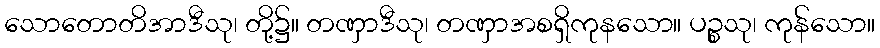
သောတောတိအာဒီသု၊ တို့၌။ တဏှာဒီသု၊ တဏှာအစရှိကုနသော။ ပဉ္စသု၊ ကုန်သော။